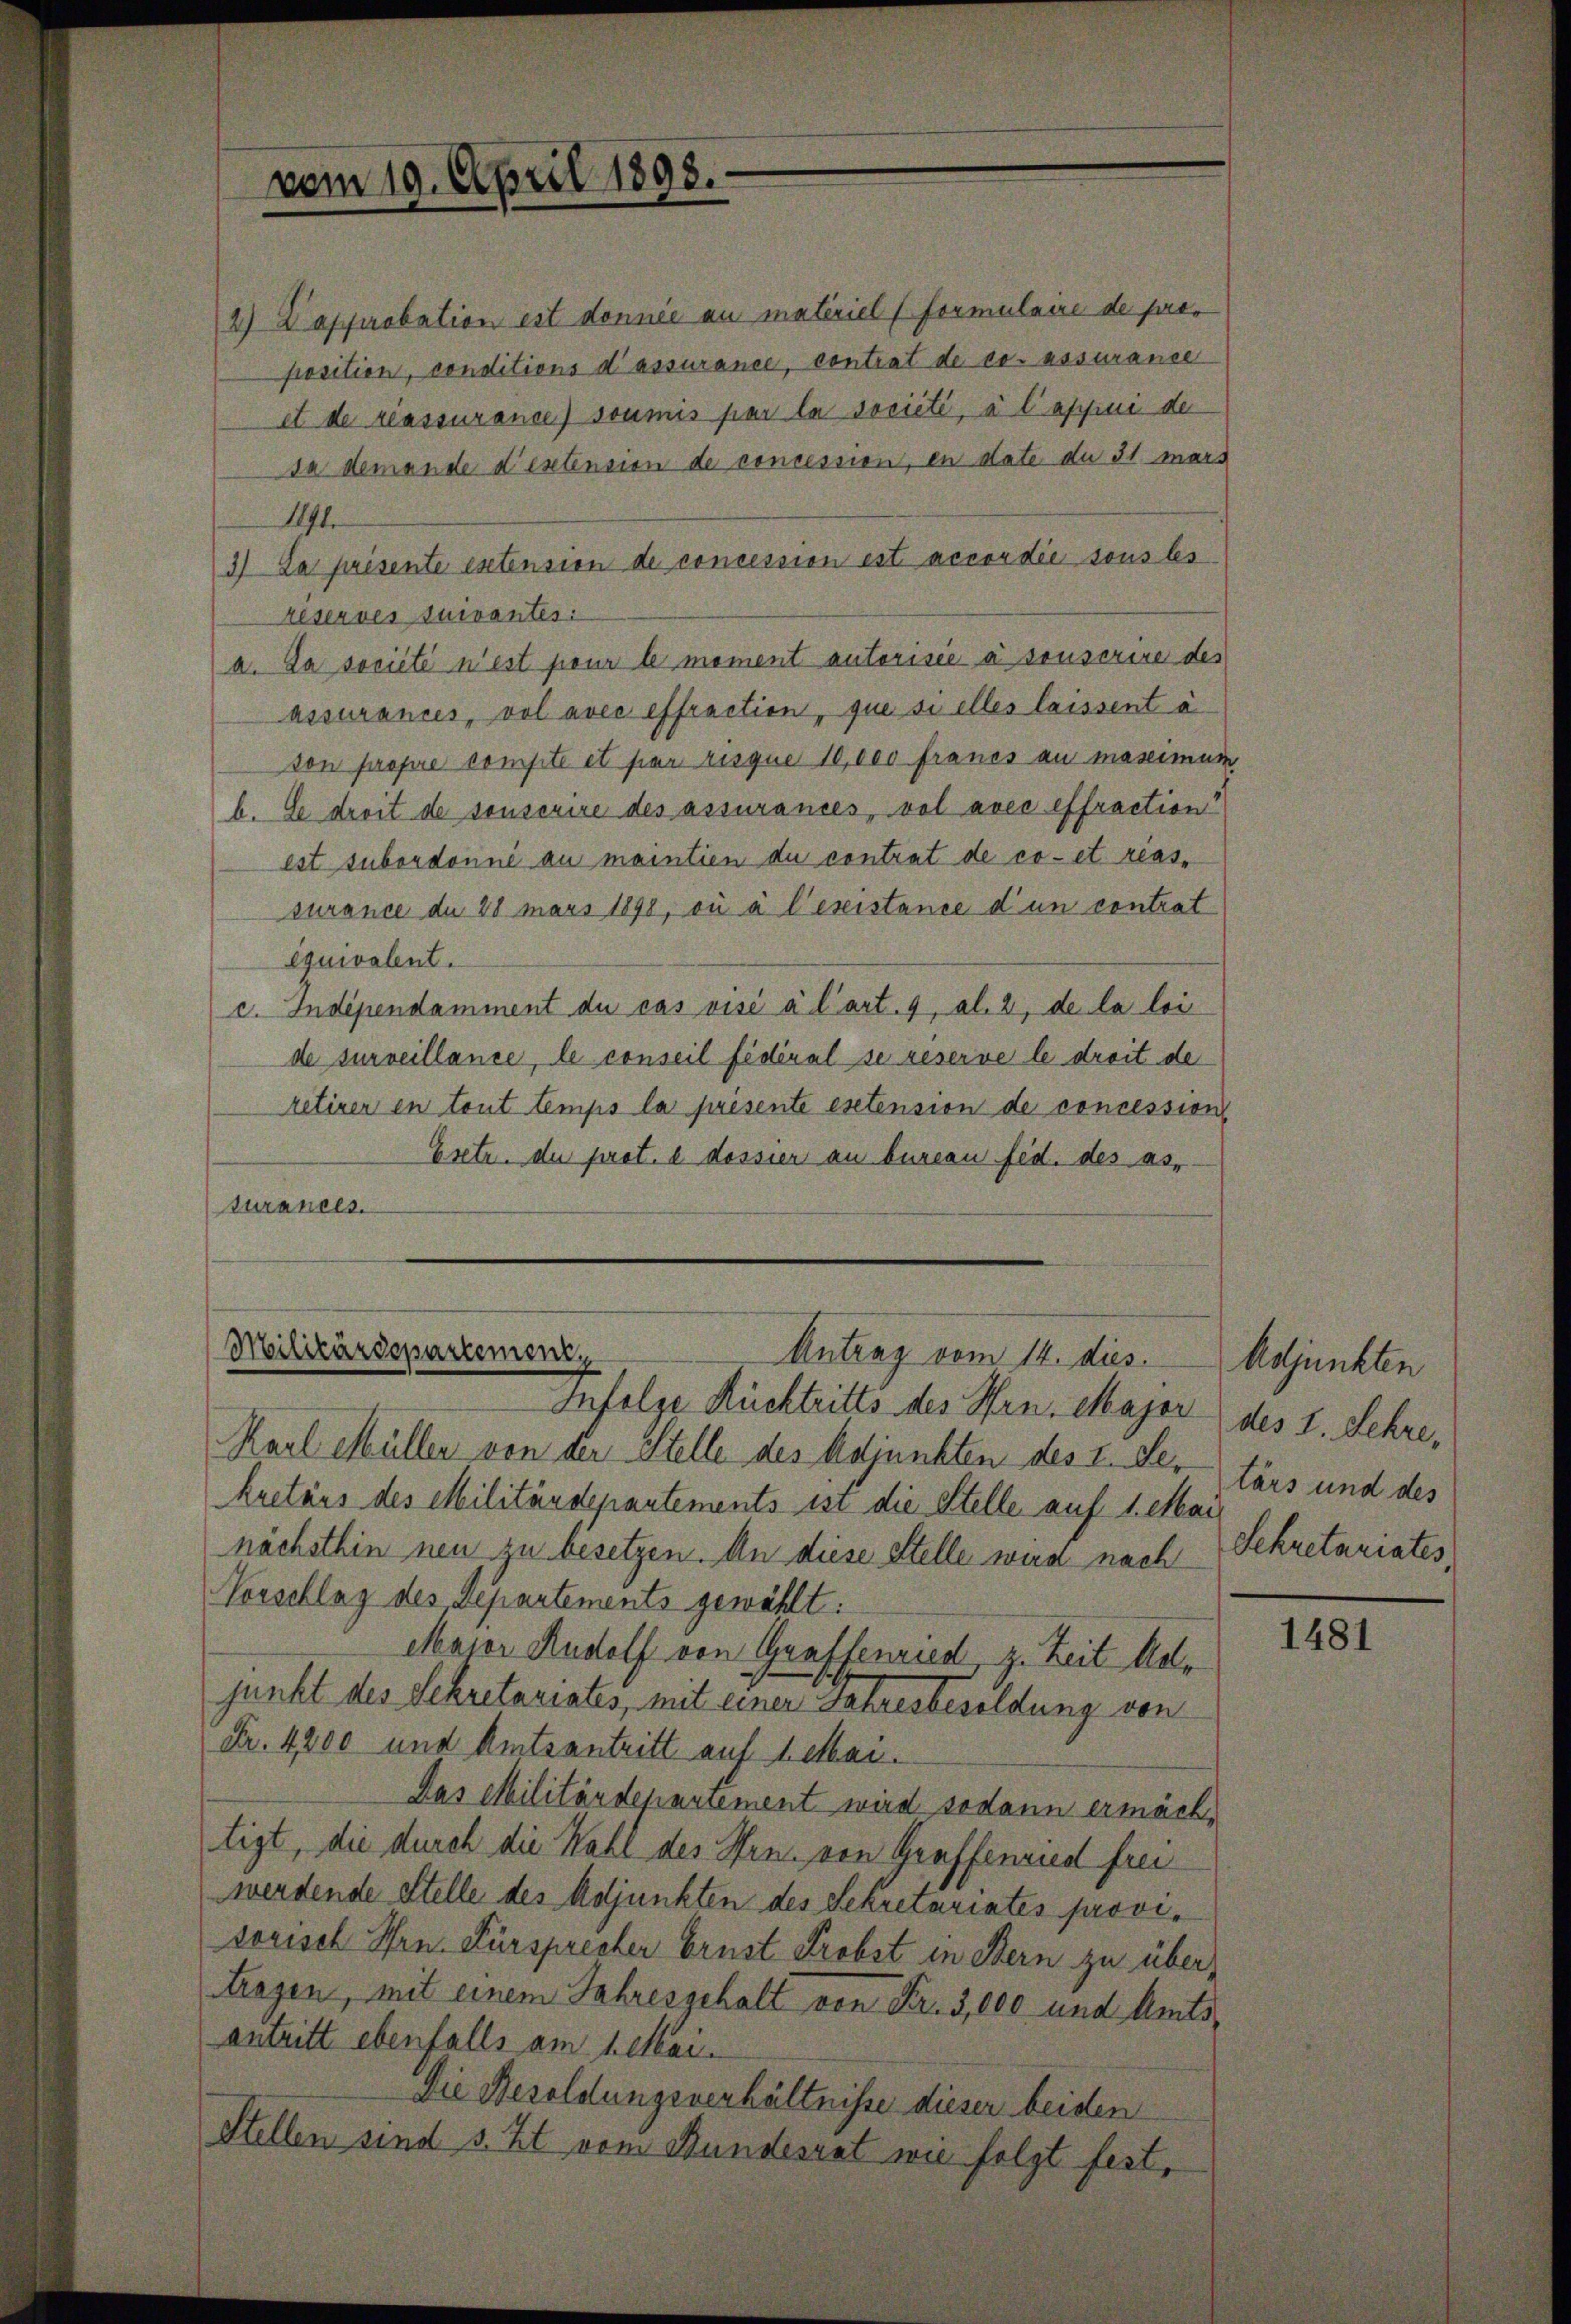
2) Dapprobation est donnée au materiel (Formulaire de satposition, conditions d’assurance, contrat de co- assurance
et de réassurance) soumis par la société, à laschine de
Da demande destension de concession, en date du 31. mars
1171.
3) La présente extension de concession est accordée sous les
reserves suivantes:
a. Da société n’est pour le moment autorisée à sonserire des
assurances, vel avec effraction, que si elles laissent à
von propre compte et sie risque 10,000 francs au massimum,
b. Le droit de sonscrire des assurances, vol avec effraction
est subordonné au maintien du contrat de co- et reassurance du 28 mars 1898, ou à l’existance d’un contrat
équivalent.
c. Indépendamment du cas visé à l’art. 9, Al. 2, de la loi
de surveillance, le conseil fédéral se reserve le droit de
retirer en tout temps la présenté estension de concession
Esetr. di prot. e dossier an bureau fed. des as-
turances.

vom 19. April 1898.

Militärdepartement,
Antrag vom 14. dies
Infolge Rücktritts des Hrn. Major des I. Sehre,

Karl Müller von der Stelle des Adjunkten des I. Der tärs und des
kretärs des Militärdepartements ist die Stelle auf 1. Mai
nachsthin neu zu besetzen. An diese Stelle wird nach
Vorschlag des Departements gewählt:
Major Rudolf von Graffenried, z. Zeit Adle
junkt des Sekretariates, mit einer Jahresbesoldung von
Fr. 4000 und Amtsantritt auf Leben.
Das Militärdepartement wird sodann ermächtigt, die durch die Wahl des Hrn. von Graffenried frei
werdende Stelle des Adjunkten des Sekretariates provisorisch Hrn. Fürsprecher Brust Probst in Bern zu übertragen, mit einem Jahresgehalt von Fr. 3,000 und Amtsantritt ebenfalls am 1. Mar.
Die Besoldungsverhältnisse dieser beiden
Stellen sind s. Zt. vom Bundesrat wie folgt fest,

Adjunkten
Schretariates

1481